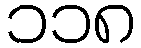
၁၁၈